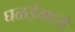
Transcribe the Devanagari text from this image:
घळईमध्ये